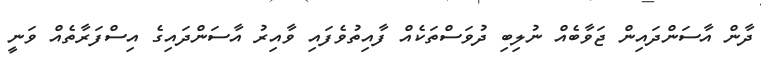
ދާން އާސަންދައިން ޖަވާބެއް ނުލިބި ދުވަސްތަކެއް ފާއިތުވެފައި ވާއިރު އާސަންދައިގެ އިސްފަރާތެއް ވަނީ